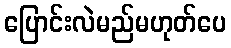
ပြောင်းလဲမည်မဟုတ်ပေ